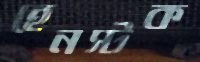
হেনস্টক